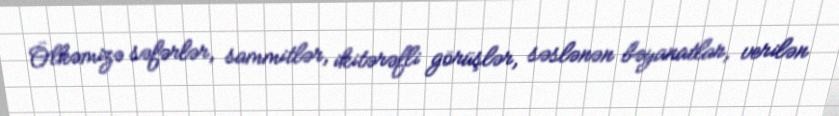
Ölkəmizə səfərlər, sammitlər, ikitərəfli görüşlər, səslənən bəyanatlar, verilən